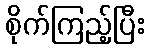
စိုက်ကြည့်ပြီး